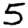
Digit: 5